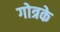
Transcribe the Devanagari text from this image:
गोत्रके